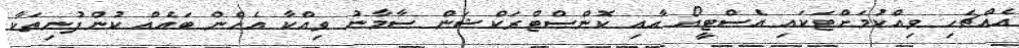
އެއްޗެހި ވިއްކުމަށްޓަކައި އެސްޓީއޯ އާއި ކޮންސްޓްރަކްޝަން ސާމާނު ވިއްކާ އެހެން ބައެއް ކުންފުނިތަކާ